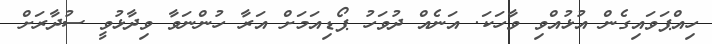
ހިއްޕަވައިގެން އުޅުއްވި ވާހަކަ. އަނެއް ދުވަހު ޕޯޑިއަމަށް އަރާ ހުންނަވާ ވިދާޅުވީ ސުދާރަށް